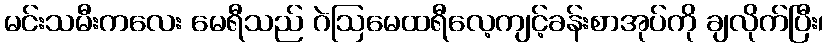
မင်းသမီးကလေး မေရီသည် ဂဲဩမေထရီလေ့ကျင့်ခန်းစာအုပ်ကို ချလိုက်ပြီး၊